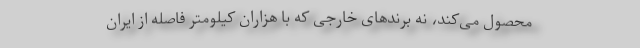
محصول می‌کند، نه برندهای خارجی که با هزاران کیلومتر فاصله از ایران